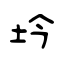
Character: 坅